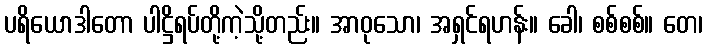
ပရိယောဒါတော ပါဋ္ဌိရပ်တို့ကဲ့သို့တည်း။ အာဝုသော၊ အရှင်ရဟန်း။ ခေါ၊ စစ်စစ်။ တေ၊